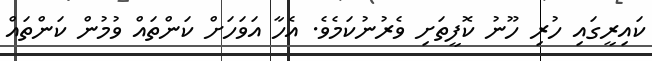
ކައިރީގައި ހުރި ހޫނު ކޮފީތަށި ވެރުނުކަމެވެ. އެހާ އަވަހަށް ކަންތައް ވުމުން ކަންތައް